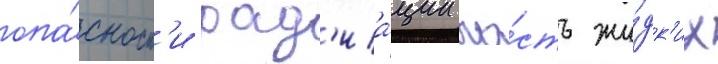
опа́сност'и рад'иа́ции ча́сть жи́дк'их